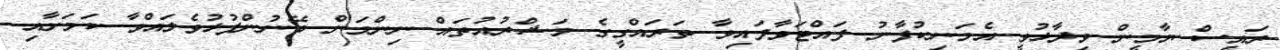
ރައީސް ޔާމީން ވިދާޅުވީ އެމަނިކުފާނު ފައްޓަވާފައިވާ ތަރައްގީގެ މަޝްރުއުތައް ނިންމަން ބޭނުންފުޅުވެލައްވާ ކަމަށާއި